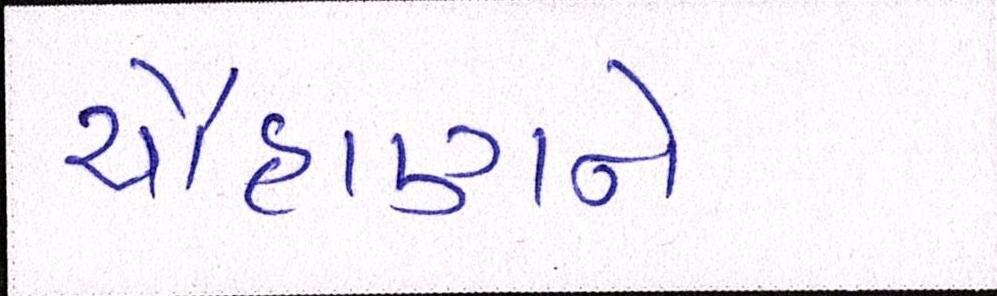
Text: ચૌહાણને